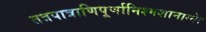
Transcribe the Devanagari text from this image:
तत्रपात्राणिपूर्णानिश्मशानाग्नेः